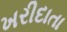
ખરીદાતા